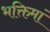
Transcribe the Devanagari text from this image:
भक्तिमां